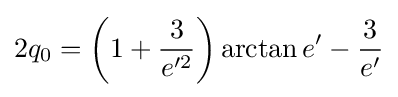
2q_{0}=\left(1+{\frac {3}{e'^{2}}}\right)\arctan e'-{\frac {3}{e'}}